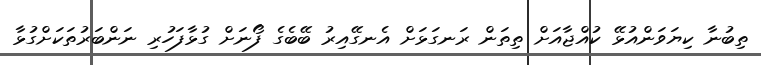
ތިބުނާ ކިޔަވަންއުޅޭ ކުއްޖާއަށް ތިތަން ރަނގަޅަށް އެނގޭއިރު ބޭބެގެ ފޯނަށް ގުޅާފަހުރި ނަންބަރުތަކަށްގުޅާ